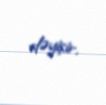
dəyişir.